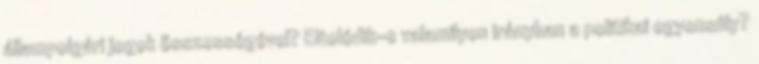
állampolgári jogok összességével? Eltolódik-e valamilyen irányban a politikai egyensúly?